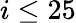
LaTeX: i\le 25